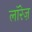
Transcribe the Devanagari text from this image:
लॉरेज़